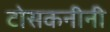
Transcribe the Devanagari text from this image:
टोसकनीनी